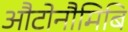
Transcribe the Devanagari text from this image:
औटोनौमिबि